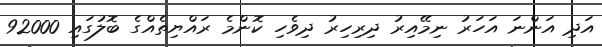
އަދި އަންނަ އަހަރު ނިމޭއިރު ދިރިހިރު ދިވެހި ކޮންމެ ރައްޔިތެއްގެ ބޮލުގައި 92000